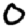
Digit: 0